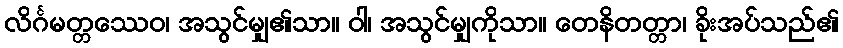
လိင်္ဂမတ္တဿေဝ၊ အသွင်မျှ၏သာ။ ဝါ၊ အသွင်မျှကိုသာ။ တေနိတတ္တာ၊ ခိုးအပ်သည်၏